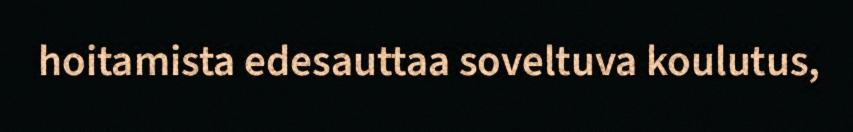
hoitamista edesauttaa soveltuva koulutus,